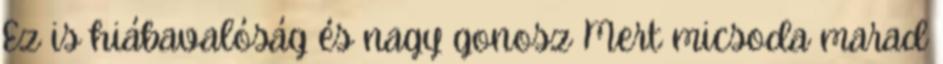
Ez is hiábavalóság és nagy gonosz Mert micsoda marad